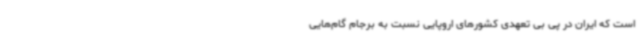
است که ایران در پی بی تعهدی کشورهای اروپایی نسبت به برجام گام‌هایی